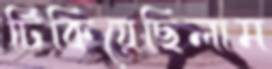
টিকিয়েছিলাম